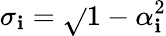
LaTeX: \sigma_{\mathbf{i}}=\sqrt{}{{1-\alpha_{\mathbf{i}}^{2}}}